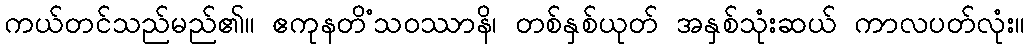
ကယ်တင်သည်မည်၏။ ဧကုနတိံသဝဿာနိ၊ တစ်နှစ်ယုတ် အနှစ်သုံးဆယ် ကာလပတ်လုံး။